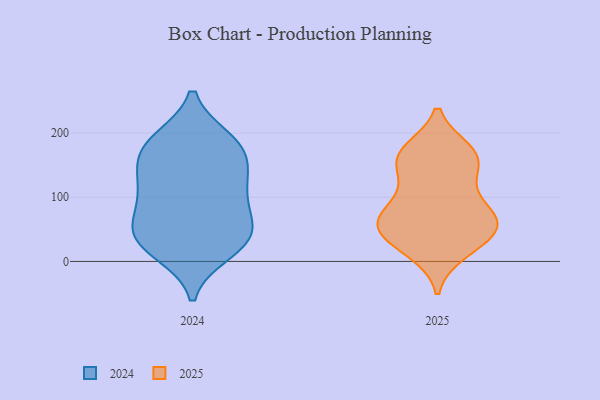
{"axis": {"x": "Headcount", "y": "Value"}, "legend": ["2024", "2025"], "data": [{"x": "", "y": 150, "type": "2024"}, {"x": "", "y": 59, "type": "2024"}, {"x": "", "y": 118, "type": "2024"}, {"x": "", "y": 83, "type": "2024"}, {"x": "", "y": 180, "type": "2024"}, {"x": "", "y": 35, "type": "2024"}, {"x": "", "y": 108, "type": "2024"}, {"x": "", "y": 49, "type": "2024"}, {"x": "", "y": 37, "type": "2024"}, {"x": "", "y": 169, "type": "2024"}, {"x": "", "y": 16, "type": "2024"}, {"x": "", "y": 122, "type": "2024"}, {"x": "", "y": 28, "type": "2024"}, {"x": "", "y": 184, "type": "2024"}, {"x": "", "y": 188, "type": "2024"}, {"x": "", "y": 115, "type": "2025"}, {"x": "", "y": 153, "type": "2025"}, {"x": "", "y": 40, "type": "2025"}, {"x": "", "y": 75, "type": "2025"}, {"x": "", "y": 66, "type": "2025"}, {"x": "", "y": 173, "type": "2025"}, {"x": "", "y": 48, "type": "2025"}, {"x": "", "y": 61, "type": "2025"}, {"x": "", "y": 61, "type": "2025"}, {"x": "", "y": 35, "type": "2025"}, {"x": "", "y": 111, "type": "2025"}, {"x": "", "y": 19, "type": "2025"}, {"x": "", "y": 148, "type": "2025"}, {"x": "", "y": 75, "type": "2025"}, {"x": "", "y": 173, "type": "2025"}, {"x": "", "y": 169, "type": "2025"}, {"x": "", "y": 14, "type": "2025"}, {"x": "", "y": 162, "type": "2025"}, {"x": "", "y": 64, "type": "2025"}]}